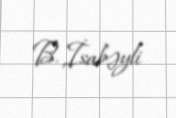
B. İsabəyli